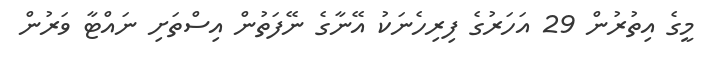
މީގެ އިތުރުން 29 އަހަރުގެ ފިރިހެނަކު އޭނާގެ ނޭފަތުން އިސްތަށި ނައްޓާ ވަރުން